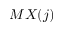
M X ( j )